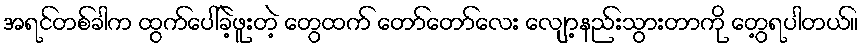
အရင်တစ်ခါက ထွက်ပေါ်ခဲ့ဖူးတဲ့ တွေထက် တော်တော်လေး လျော့နည်းသွားတာကို တွေ့ရပါတယ်။